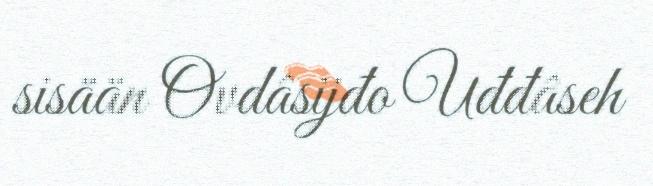
sisään Ovdâsijđo Uđđâseh